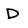
Character: D